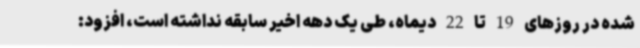
شده در روزهای 19 تا 22 دیماه، طی یک دهه اخیر سابقه نداشته است، افزود: